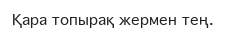
Қара топырақ жермен тең.